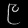
Digit: ၉